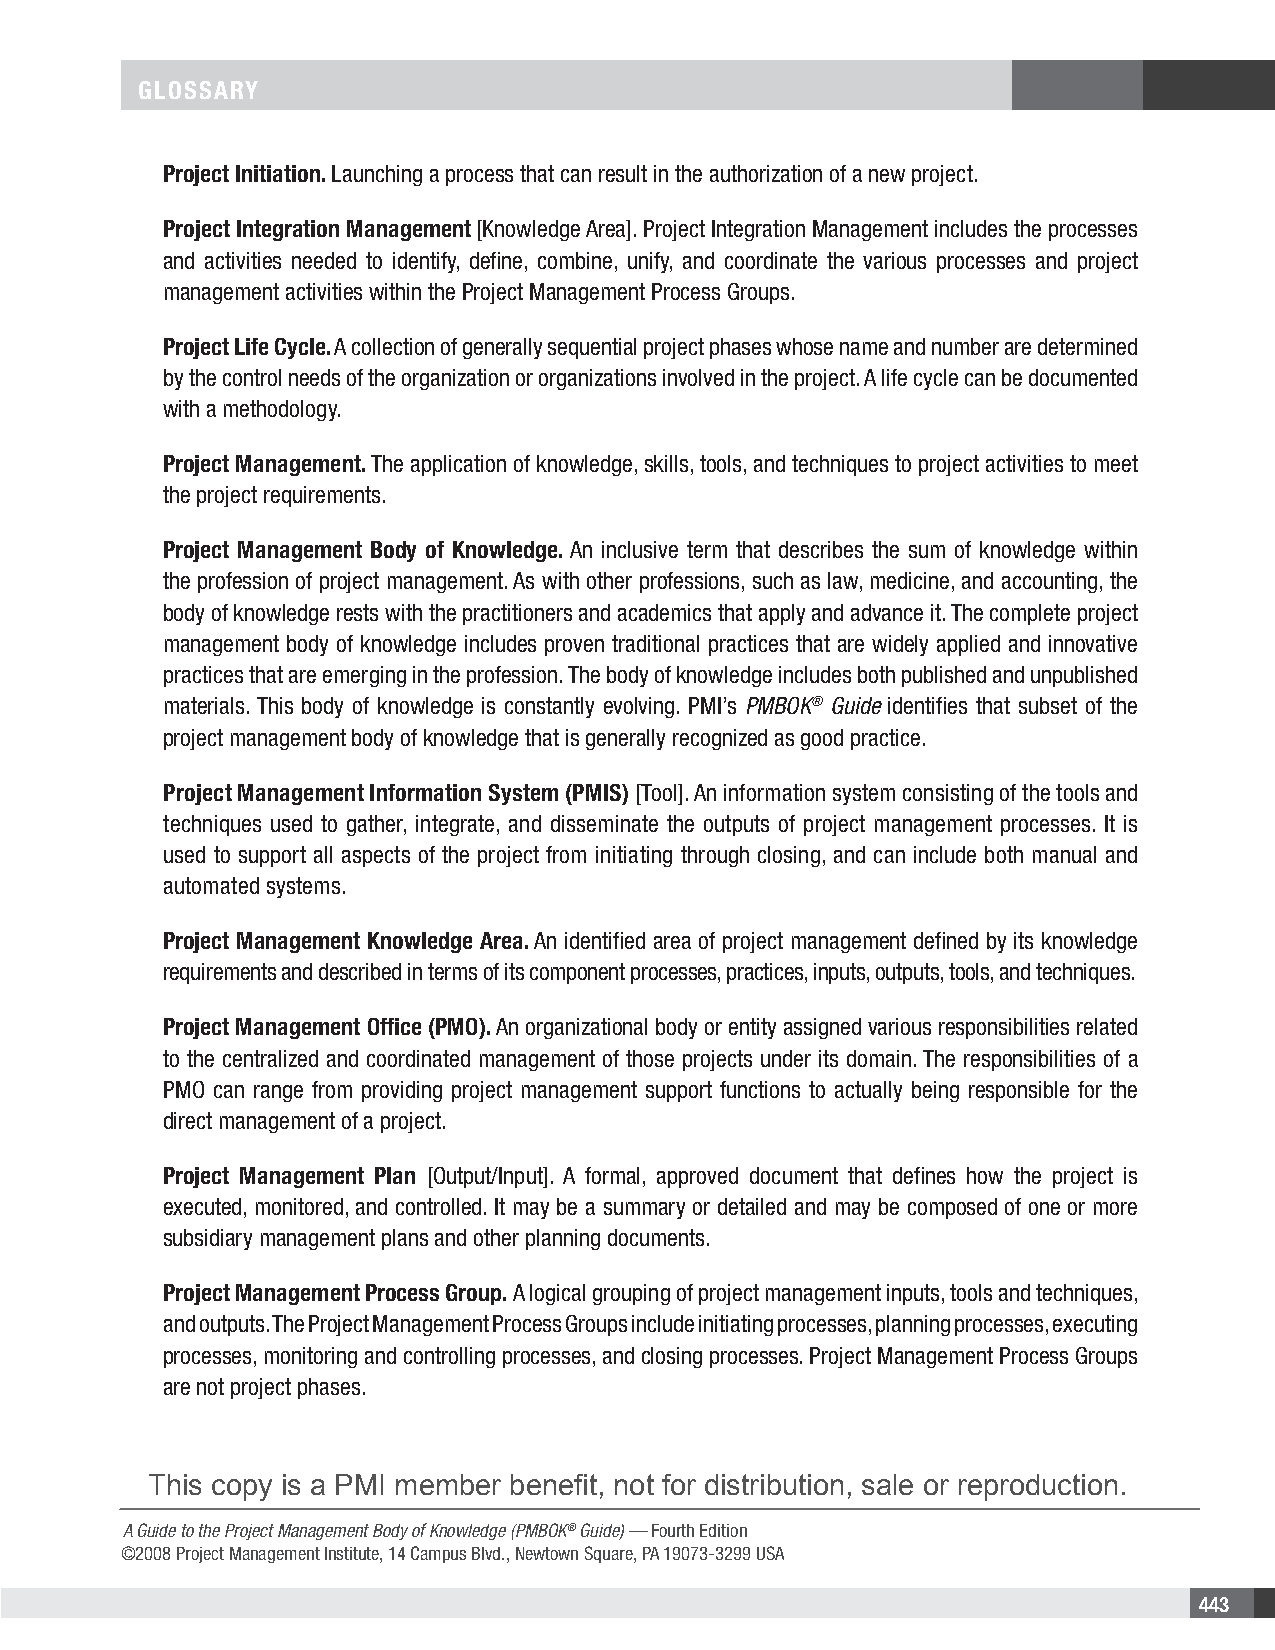
GLOSSARY
 Project Initiation. Launching a process that can result in the authorization of a new project.
 Project Integration Management [Knowledge Area]. Project Integration Management includes the processes
 and activities needed to identify, define, combine, unify, and coordinate the various processes and project
 management activities within the Project Management Process Groups.
 Project Life Cycle. A collection of generally sequential project phases whose name and number are determined
 by the control needs of the organization or organizations involved in the project. A life cycle can be documented
 with a methodology.
 Project Management. The application of knowledge, skills, tools, and techniques to project activities to meet
 the project requirements.
 Project Management Body of Knowledge. An inclusive term that describes the sum of knowledge within
 the profession of project management. As with other professions, such as law, medicine, and accounting, the
 body of knowledge rests with the practitioners and academics that apply and advance it. The complete project
 management body of knowledge includes proven traditional practices that are widely applied and innovative
 practices that are emerging in the profession. The body of knowledge includes both published and unpublished
 materials. This body of knowledge is constantly evolving. PMI’s PMBOK® Guide identifies that subset of the
 project management body of knowledge that is generally recognized as good practice.
 Project Management Information System (PMIS) [Tool]. An information system consisting of the tools and
 techniques used to gather, integrate, and disseminate the outputs of project management processes. It is
 used to support all aspects of the project from initiating through closing, and can include both manual and
 automated systems.
 Project Management Knowledge Area. An identified area of project management defined by its knowledge
 requirements and described in terms of its component processes, practices, inputs, outputs, tools, and techniques.
 Project Management Office (PMO). An organizational body or entity assigned various responsibilities related
 to the centralized and coordinated management of those projects under its domain. The responsibilities of a
 PMO can range from providing project management support functions to actually being responsible for the
 direct management of a project.
 Project Management Plan [Output/Input]. A formal, approved document that defines how the project is
 executed, monitored, and controlled. It may be a summary or detailed and may be composed of one or more
 subsidiary management plans and other planning documents.
 Project Management Process Group. A logical grouping of project management inputs, tools and techniques,
 and outputs. The Project Management Process Groups include initiating processes, planning processes, executing
 processes, monitoring and controlling processes, and closing processes. Project Management Process Groups
 are not project phases.
 This copy is a PMI member benefit, not for distribution, sale or reproduction.
 A Guide to the Project Management Body of Knowledge (PMBOK® Guide) — Fourth Edition
 ©2008 Project Management Institute, 14 Campus Blvd., Newtown Square, PA 19073-3299 USA
 443